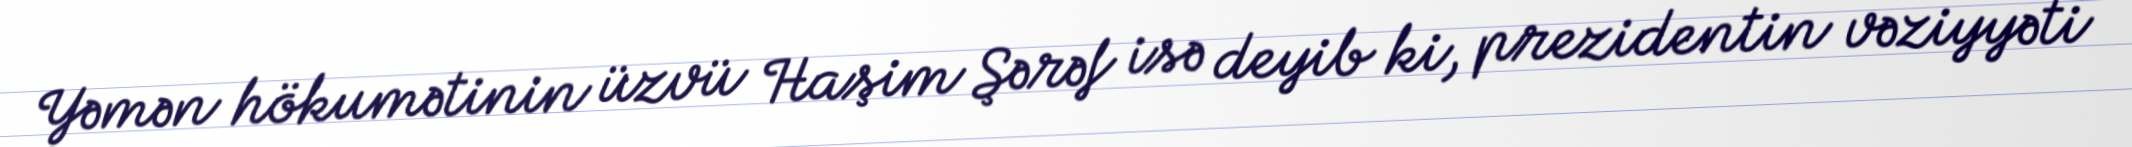
Yəmən hökumətinin üzvü Haşim Şərəf isə deyib ki, prezidentin vəziyyəti